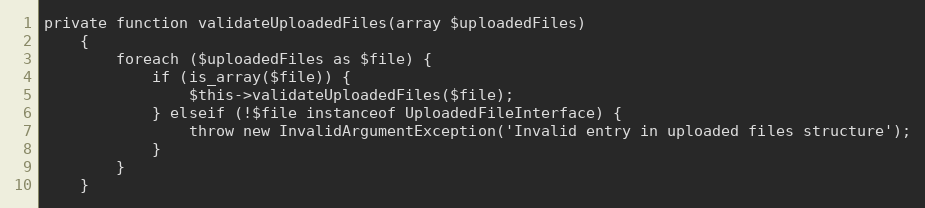
Language: PHP
private function validateUploadedFiles(array $uploadedFiles)
    {
        foreach ($uploadedFiles as $file) {
            if (is_array($file)) {
                $this->validateUploadedFiles($file);
            } elseif (!$file instanceof UploadedFileInterface) {
                throw new InvalidArgumentException('Invalid entry in uploaded files structure');
            }
        }
    }